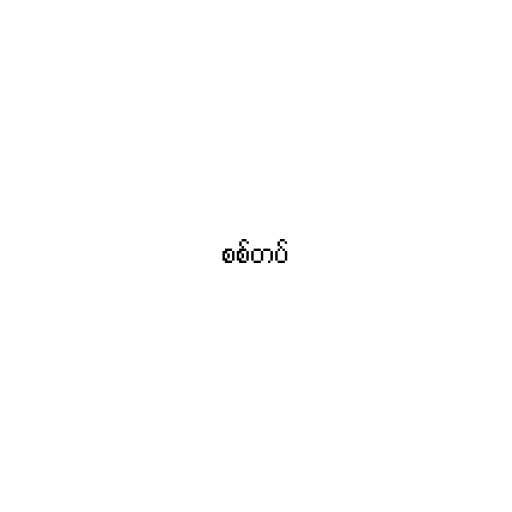
စစ်တပ်